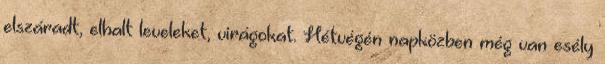
elszáradt, elhalt leveleket, virágokat. Hétvégén napközben még van esély